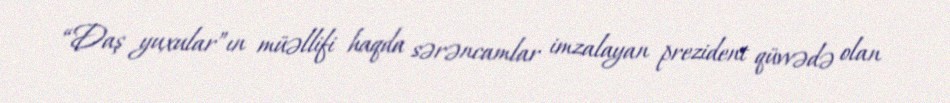
“Daş yuxular”ın müəllifi haqda sərəncamlar imzalayan prezident qüvvədə olan